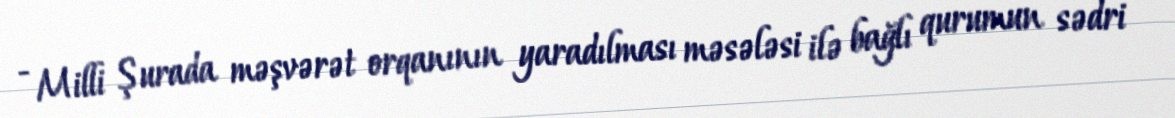
- Milli Şurada məşvərət orqanının yaradılması məsələsi ilə bağlı qurumun sədri